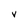
Character: v